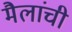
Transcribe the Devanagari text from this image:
मैलांची